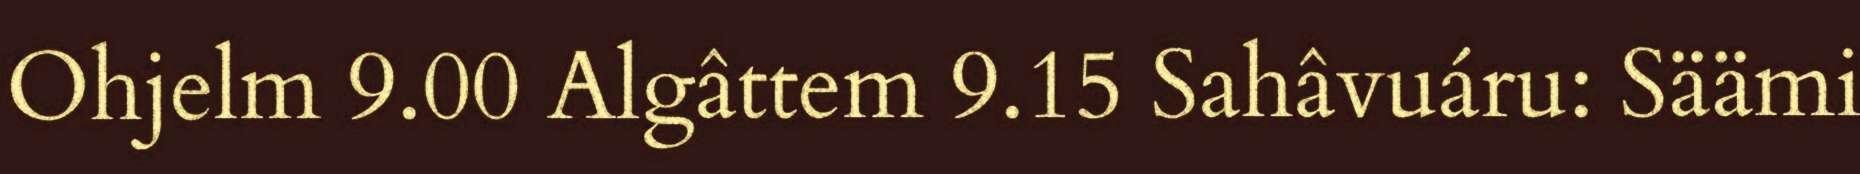
Ohjelm 9.00 Algâttem 9.15 Sahâvuáru: Säämi